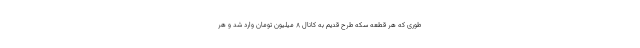
طوری که هر قطعه سکه طرح قدیم به کانال ۸ میلیون تومان وارد شد و هر